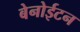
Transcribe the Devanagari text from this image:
बेनोईटन